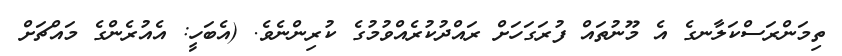
ތިމަންރަސްކަލާނގެ އެ މޫނުތައް ފުރަގަހަށް ރައްދުކުރެއްވުމުގެ ކުރިންނެވެ. (އެބަހީ: އެއުރެންގެ މައްޗަށް